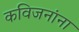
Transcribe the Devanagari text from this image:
कविजनांना